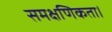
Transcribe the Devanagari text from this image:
समक्षणिकता।